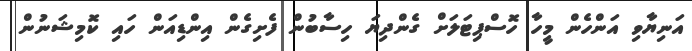
އަނިޔާވި އަންހެން މީހާ ހޮސްޕިޓަލަށް ގެންދިޔަ ހިސާބުން ފެށިގެން އިންޑިއަން ހައި ކޮމިޝަނުން